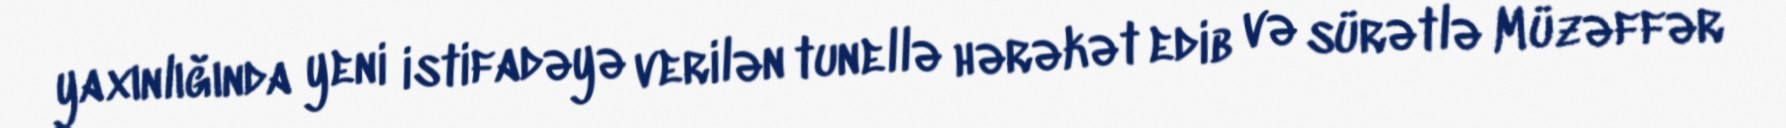
yaxınlığında yeni istifadəyə verilən tunellə hərəkət edib və sürətlə Müzəffər